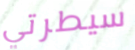
سيطرتي